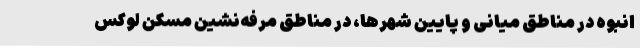
انبوه در مناطق میانی و پایین شهرها، در مناطق مرفه‌نشین مسکن لوکس